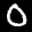
Label: 0